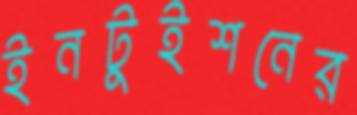
ইনটুইশনের